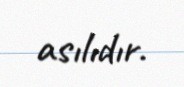
asılıdır.